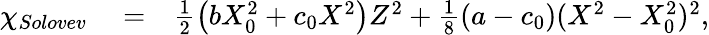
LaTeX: \begin{array}{rlr}{\chi_{Solovev}}&{{}=}&{\frac 12\left(bX_{0}^{2}+c_{0}X^{2}\right)Z^{2}+\frac 18(a-c_{0})(X^{2}-X_{0}^{2})^{2},}\end{array}